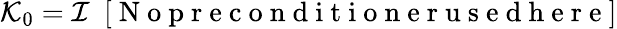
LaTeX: {\cal K}_{0}={\cal I}~~[\mathrm{~N~o~p~r~e~c~o~n~d~i~t~i~o~n~e~r~u~s~e~d~h~e~r~e~}]